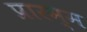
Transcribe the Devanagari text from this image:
प्रारम्म